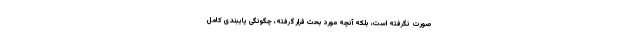
صورت نگرفته است، بلکه آنچه مورد بحث قرار گرفته، چگونگی پایبندی کامل